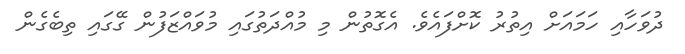
ދުވަހާއި ހަމައަށް އިތުރު ކޮށްފައެވެ. އެގޮތުން މި މުއްދަތުގައި މުވައްޒަފުން ގޭގައި ތިބެގެން